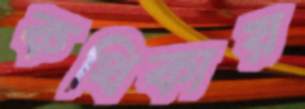
কথিকায়